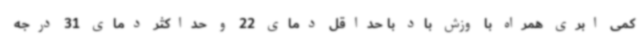
کمی ابری همراه با وزش باد با حداقل دمای 22 و حداکثر دمای 31 درجه